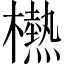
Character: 𱤮